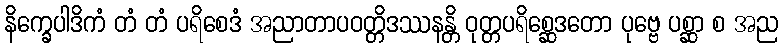
နိက္ခေပါဒိကံ တံ တံ ပရိစေဒံ အညာတာပဝတ္တိဒဿနန္တိ ဝုတ္တပရိစ္ဆေဒတော ပုဗ္ဗေ ပစ္ဆာ စ အည